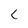
Character: c